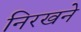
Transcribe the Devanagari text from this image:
निरखने